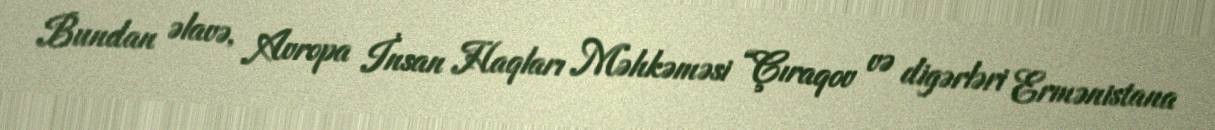
Bundan əlavə, Avropa İnsan Haqları Məhkəməsi “Çıraqov və digərləri Ermənistana